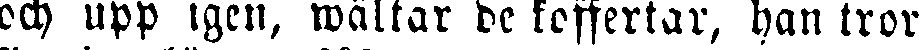
och upp igen, wältar de koffertar, han tror